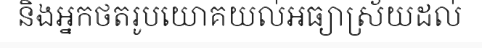
និងអ្នកថតរូបយោគយល់អធ្យាស្រ័យដល់